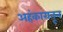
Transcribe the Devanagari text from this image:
अहंकारातून